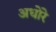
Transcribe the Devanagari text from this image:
अधोरे